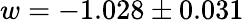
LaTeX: w=-1.028\pm 0.031